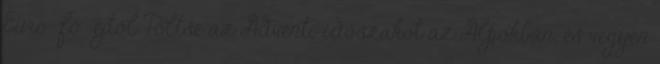
Euro fő éjtől Töltse az Adventi időszakot az Alpokban, és vegyen